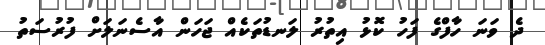
ދެ ވަނަ ހާފްގެ ފަހު ކޮޅު އިތުރު ލަނޑުތަކެއް ޖަހަން އާސެނަލަށް ފުރުސަތު